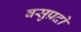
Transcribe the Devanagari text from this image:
वसुप्रदो